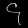
Digit: ၄